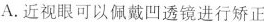
A.近视眼可以佩戴凹透镜进行矫正